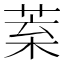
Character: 𦯧